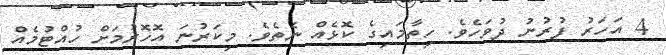
4 އަހަރު ފުރުނު ދުވަހެވެ. ހިތާމައިގެ ކޮޅެއް ނެތެވެ. މިކަރުނަ އޮހޮރުމަށް ހުއްޓުމެއް